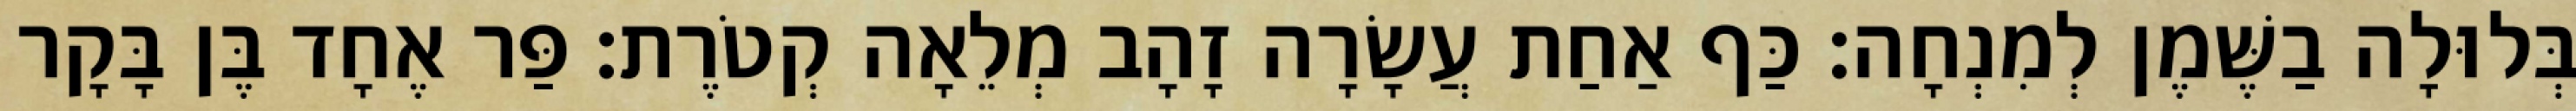
בְּלוּלָה בַשֶּׁמֶן לְמִנְחָה׃ כַּף אַחַת עֲשָׂרָה זָהָב מְלֵאָה קְטֹרֶת׃ פַּר אֶחָד בֶּן בָּקָר